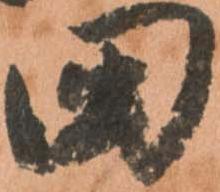
田